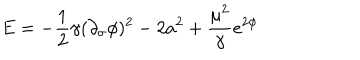
LaTeX: E = - \frac { 1 } 2 { \gamma } ( \partial _ { \sigma } \phi ) ^ { 2 } - 2 a ^ { 2 } + \frac { \mu ^ { 2 } } { \gamma } e ^ { 2 \phi }